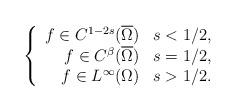
LaTeX: \begin{align*}\left\lbrace \begin{array}{rl}f \in C^{1-2s}(\overline\Omega) & s < 1/2, \\f \in C^\beta(\overline\Omega) & s = 1/2 , \\f \in L^\infty(\Omega) & s > 1/2.\end{array}\right.\end{align*}